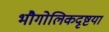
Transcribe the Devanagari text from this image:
भौगोलिकदृष्टया